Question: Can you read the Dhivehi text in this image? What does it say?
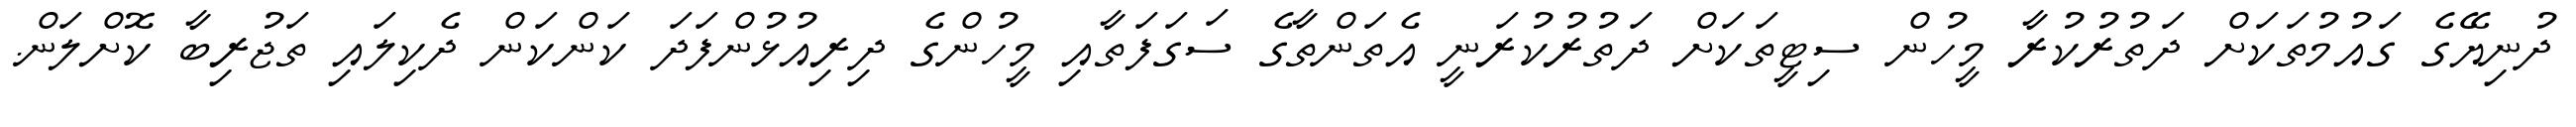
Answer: ދުނިޔޭގެ ގައުމުތަކަށް ދަތުރުކުރާ މީހުން ސިޓީތަކަށް ދަތުރުކުރަނީ އެތަންތާގެ ސަގަފަތާއި މީހުންގެ ދިރިއުޅުންފަދަ ކަންކަން ދެކިލައި ތަޖުރިބާ ކޮށްލަން.